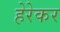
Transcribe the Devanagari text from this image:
हेरेकर